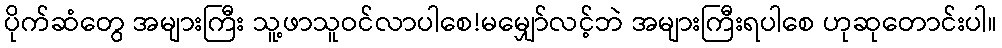
ပိုက်ဆံတွေ အများကြီး သူ့ဖာသူဝင်လာပါစေ!မမျှော်လင့်ဘဲ အများကြီးရပါစေ ဟုဆုတောင်းပါ။